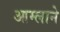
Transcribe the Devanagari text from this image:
आम्लाने